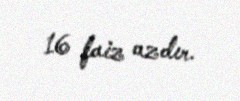
16 faiz azdır.